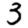
Digit: 3